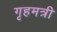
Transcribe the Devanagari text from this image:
गृहमत्री